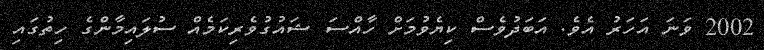
2002 ވަނަ އަހަރު އެވެ. އަބަދުވެސް ކިޔެވުމަށް ހާއްސަ ޝައުގުވެރިކަމެއް ސުލައިމާންގެ ހިތުގައި